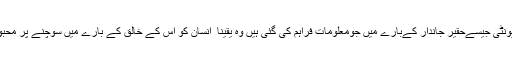
اس کتاب میں چیونٹی جیسےحقیر جاندار کےبارے میں جومعلومات فراہم کی گئی ہیں وہ یقینا ً انسان کو اس کے خالق کے بارے میں سوچنے پر محبور کر دیتی ہیں ۔